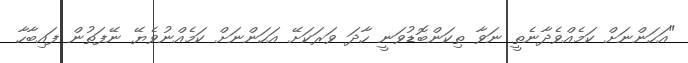
"އަހަންނަށް ކަމެއްވެދާނެތީ ނަވާ ތިކަންބޮޑުވަނީ ހާދަ ވަރަކަށޭ އަހަންނަށް ކަމެއްނުވެޔޭ ނޭފަތުން ފައިބާހާ